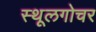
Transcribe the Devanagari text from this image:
स्थूलगोचर